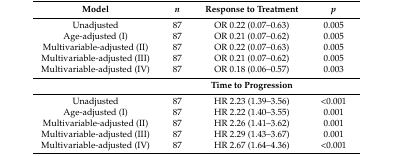
<table><thead><tr><td><b>Model</b></td><td><b><i>n</i></b></td><td><b>Response to Treatment</b></td><td><b><i>p</i></b></td></tr></thead><tbody><tr><td>Unadjusted</td><td>87</td><td>OR 0.22 (0.07–0.63)</td><td>0.005</td></tr><tr><td>Age-adjusted (I)</td><td>87</td><td>OR 0.21 (0.07–0.62)</td><td>0.005</td></tr><tr><td>Multivariable-adjusted (II)</td><td>87</td><td>OR 0.22 (0.07–0.63)</td><td>0.005</td></tr><tr><td>Multivariable-adjusted (III)</td><td>87</td><td>OR 0.21 (0.07–0.62)</td><td>0.005</td></tr><tr><td>Multivariable-adjusted (IV)</td><td>87</td><td>OR 0.18 (0.06–0.57)</td><td>0.003</td></tr><tr><td></td><td></td><td><b>Time to Progression</b></td><td></td></tr><tr><td>Unadjusted</td><td>87</td><td>HR 2.23 (1.39–3.56)</td><td>&lt;0.001</td></tr><tr><td>Age-adjusted (I)</td><td>87</td><td>HR 2.22 (1.40–3.55)</td><td>0.001</td></tr><tr><td>Multivariable-adjusted (II)</td><td>87</td><td>HR 2.26 (1.41–3.62)</td><td>0.001</td></tr><tr><td>Multivariable-adjusted (III)</td><td>87</td><td>HR 2.29 (1.43–3.67)</td><td>0.001</td></tr><tr><td>Multivariable-adjusted (IV)</td><td>87</td><td>HR 2.67 (1.64–4.36)</td><td>&lt;0.001</td></tr></tbody></table>